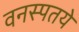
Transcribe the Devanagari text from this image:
वनस्पतये